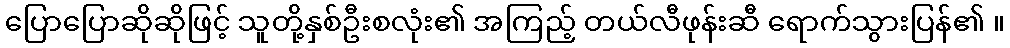
ပြောပြောဆိုဆိုဖြင့် သူတို့နှစ်ဦးစလုံး၏ အကြည့် တယ်လီဖုန်းဆီ ရောက်သွားပြန်၏ ။